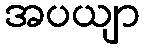
အပယျာ